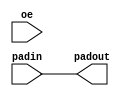
module PADOUT (output padout, input padin, input oe);
   assign padout  = padin;
   assign oe = oe;
endmodule